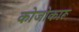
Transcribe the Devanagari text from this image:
कोजोकारू